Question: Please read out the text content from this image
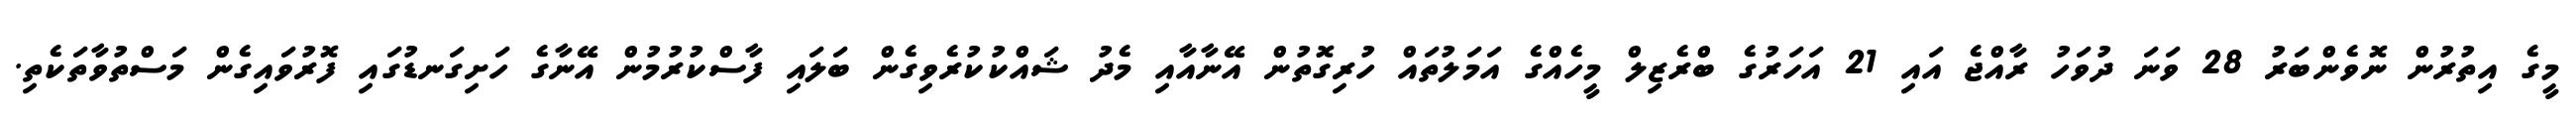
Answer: މީގެ އިތުރުން ނޮވެންބަރު 28 ވަނަ ދުވަހު ރާއްޖެ އައި 21 އަހަރުގެ ބްރެޒިލް މީހެއްގެ އަމަލުތައް ހުރިގޮތުން އޭނާއާއި މެދު ޝައްކުކުރެވިގެން ބަލައި ފާސްކުރުމުން އޭނާގެ ހަށިގަނޑުގައި ފޮރުވައިގެން މަސްތުވާތަކެތި.